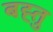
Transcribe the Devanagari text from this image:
बह्तु